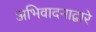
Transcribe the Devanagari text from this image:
अभिवादनाद्वारे